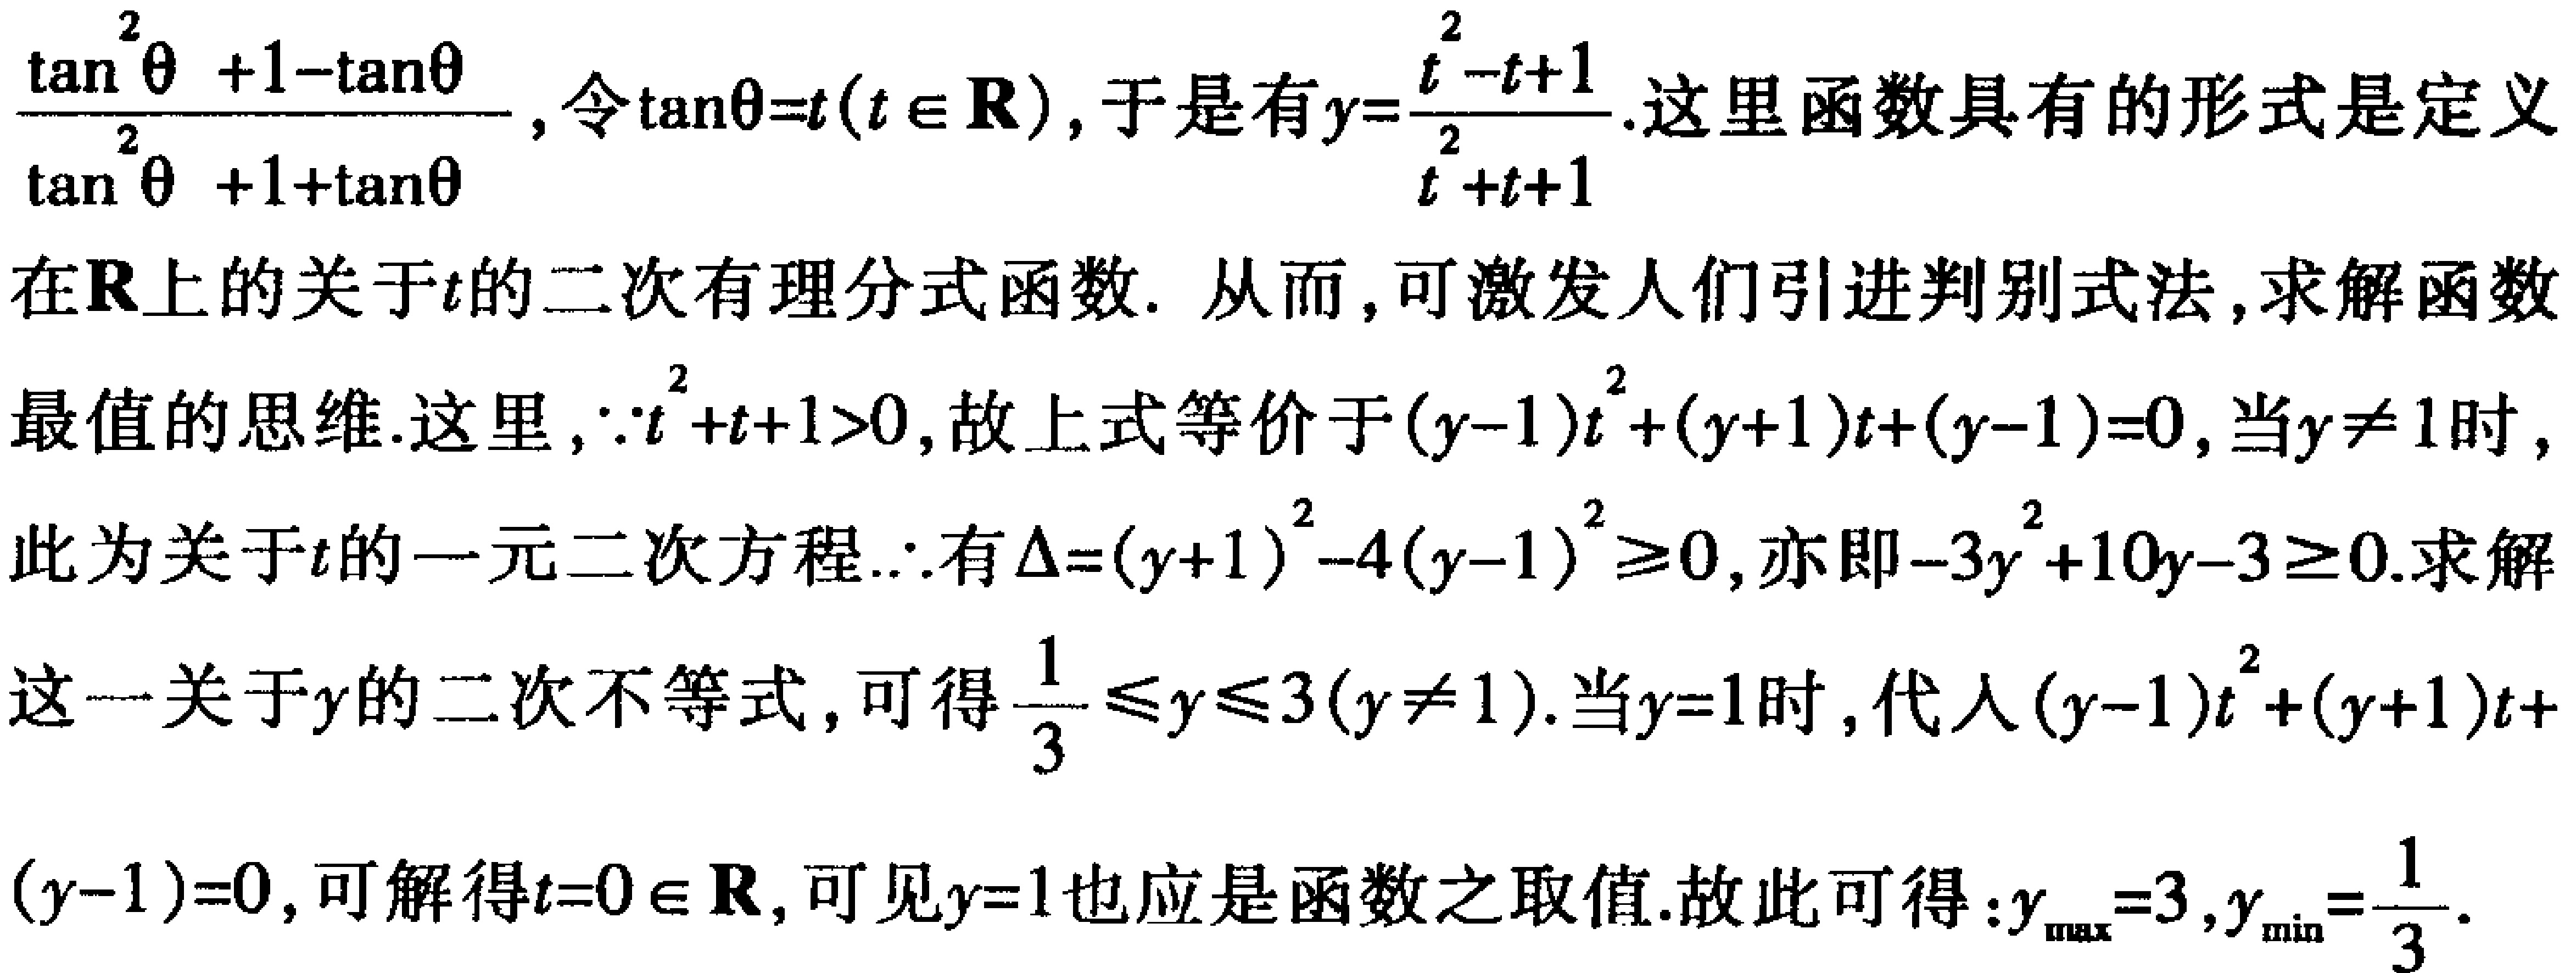
\(\frac{\tan^{2}\theta + 1 - \tan\theta}{\tan^{2}\theta + 1 + \tan\theta}\)，令\(\tan\theta=t(t\in\mathbf{R})\)，于是有\(y = \frac{t^{2}-t + 1}{t^{2}+t + 1}\)。这里函数具有的形式是定义在\(\mathbf{R}\)上的关于\(t\)的二次有理分式函数。从而，可激发人们引进判别式法，求解函数最值的思维。这里，\(\because t^{2}+t + 1>0\)，故上式等价于\((y - 1)t^{2}+(y + 1)t+(y - 1)=0\)，当\(y\neq1\)时，此为关于\(t\)的一元二次方程.\(\therefore\)有\(\Delta=(y + 1)^{2}-4(y - 1)^{2}\geq0\)，亦即\(-3y^{2}+10y - 3\geq0\)。求解这一关于\(y\)的二次不等式，可得\(\frac{1}{3}\leq y\leq3(y\neq1)\)。当\(y = 1\)时，代入\((y - 1)t^{2}+(y + 1)t+(y - 1)=0\)，可解得\(t = 0\in\mathbf{R}\)，可见\(y = 1\)也应是函数之取值。故此可得：\(y_{\max}=3\)，\(y_{\min}=\frac{1}{3}\)。